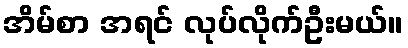
အိမ်စာ အရင် လုပ်လိုက်ဦးမယ်။